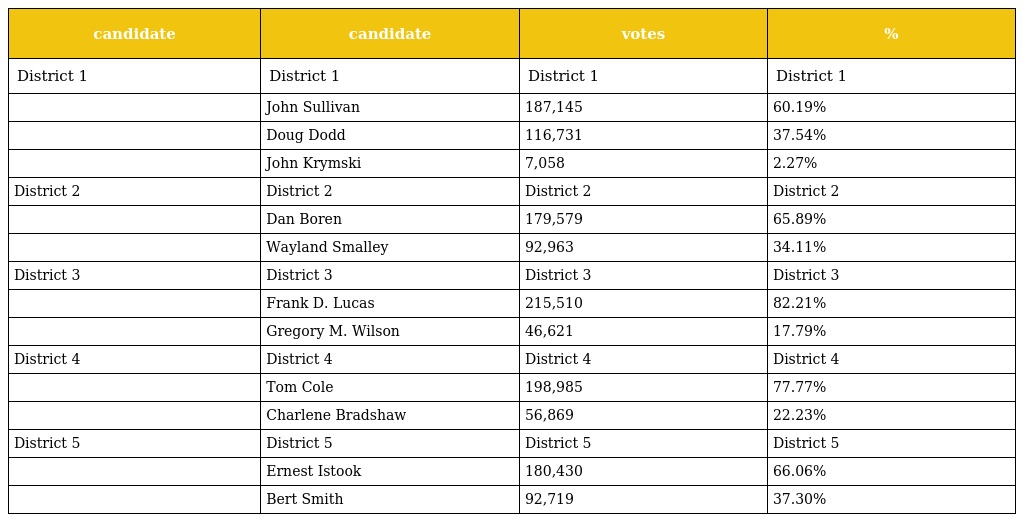
| candidate | candidate | votes | % |
 | --- | --- | --- | --- |
 | District 1 | District 1 | District 1 | District 1 |
 |  | John Sullivan | 187,145 | 60.19% |
 |  | Doug Dodd | 116,731 | 37.54% |
 |  | John Krymski | 7,058 | 2.27% |
 | District 2 | District 2 | District 2 | District 2 |
 |  | Dan Boren | 179,579 | 65.89% |
 |  | Wayland Smalley | 92,963 | 34.11% |
 | District 3 | District 3 | District 3 | District 3 |
 |  | Frank D. Lucas | 215,510 | 82.21% |
 |  | Gregory M. Wilson | 46,621 | 17.79% |
 | District 4 | District 4 | District 4 | District 4 |
 |  | Tom Cole | 198,985 | 77.77% |
 |  | Charlene Bradshaw | 56,869 | 22.23% |
 | District 5 | District 5 | District 5 | District 5 |
 |  | Ernest Istook | 180,430 | 66.06% |
 |  | Bert Smith | 92,719 | 37.30% |